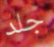
جلد